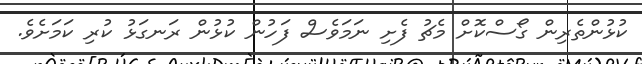
ކުޅުންތެރިން ގޯސްކޮށް މެޗު ފެށި ނަމަވެސް ފަހުން ކުޅުން ރަނގަޅު ކުރި ކަމަށެވެ.